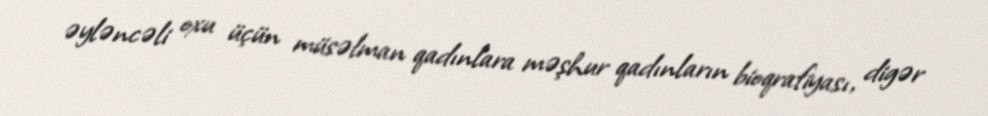
əyləncəli oxu üçün müsəlman qadınlara məşhur qadınların bioqrafiyası, digər